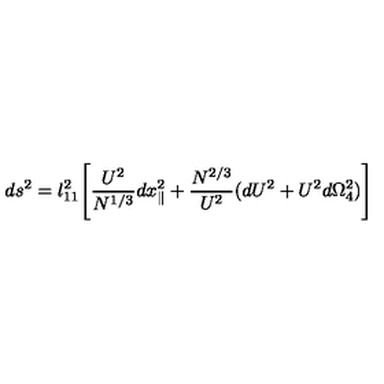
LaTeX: d s ^ { 2 } = l _ { 1 1 } ^ { 2 } \Biggl [ { \frac { U ^ { 2 } } { N ^ { 1 / 3 } } } d x _ { \parallel } ^ { 2 } + \frac { { N } ^ { 2 / 3 } } { U ^ { 2 } } ( d U ^ { 2 } + U ^ { 2 } d \Omega _ { 4 } ^ { 2 } ) \Biggr ]